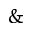
\&